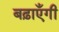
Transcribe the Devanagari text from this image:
बढ़ाएँगी